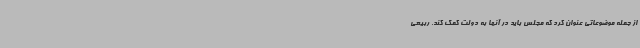
از جمله موضوعاتی عنوان کرد که مجلس باید در آنها به دولت کمک کند. ربیعی